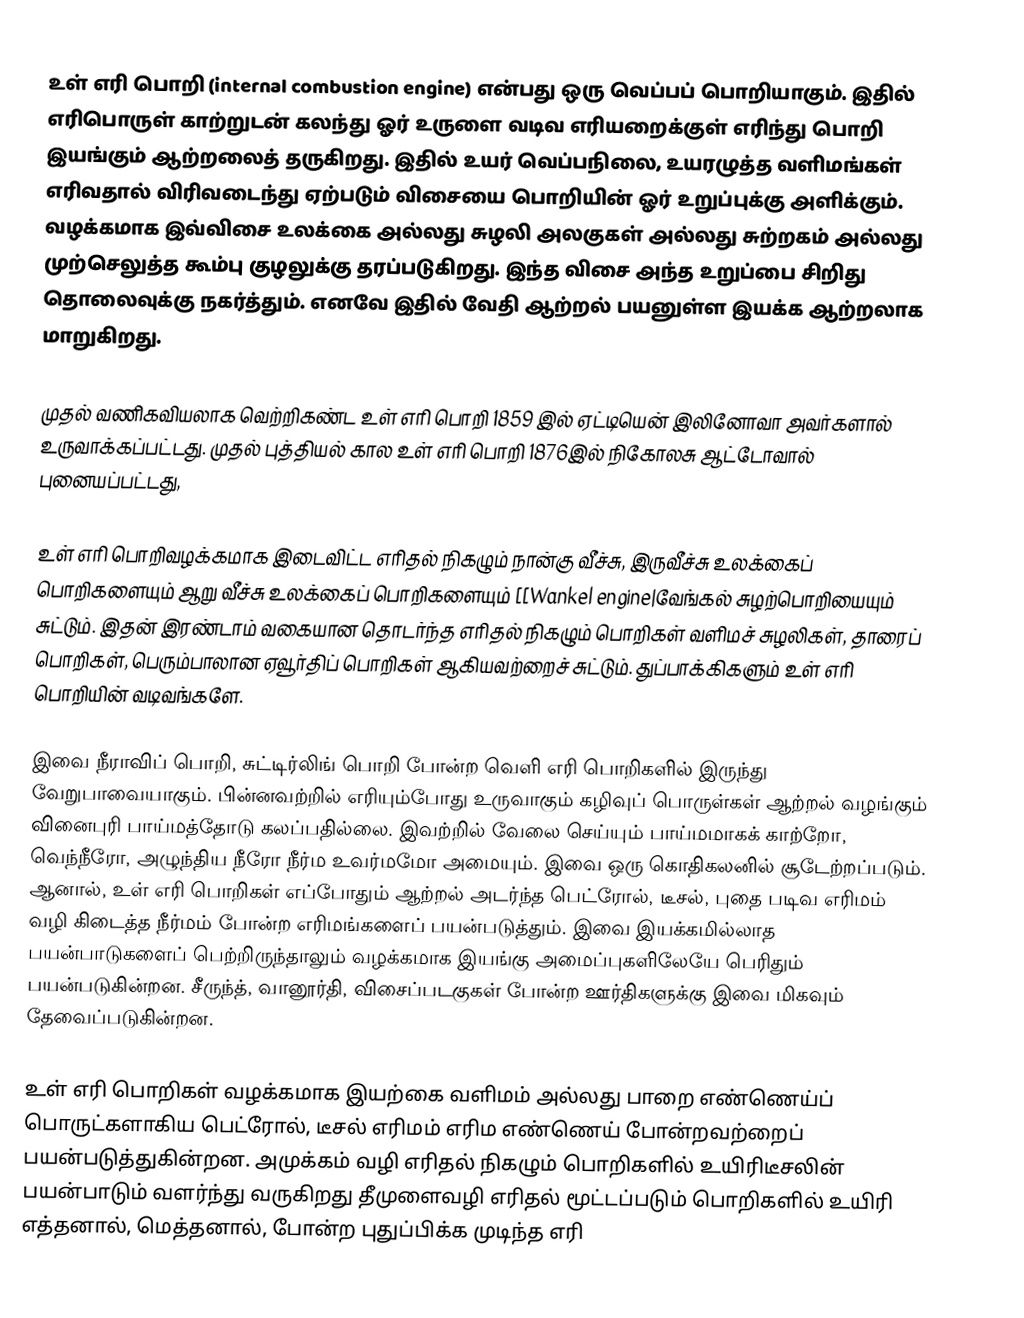
உள் எரி பொறி (internal combustion engine) என்பது ஒரு வெப்பப் பொறியாகும். இதில் எரிபொருள்  காற்றுடன் கலந்து ஓர் உருளை வடிவ எரியறைக்குள் எரிந்து பொறி இயங்கும் ஆற்றலைத் தருகிறது. இதில் உயர் வெப்பநிலை, உயரழுத்த வளிமங்கள் எரிவதால் விரிவடைந்து ஏற்படும் விசையை பொறியின் ஓர் உறுப்புக்கு அளிக்கும். வழக்கமாக இவ்விசை  உலக்கை அல்லது சுழலி அலகுகள் அல்லது சுற்றகம் அல்லது முற்செலுத்த கூம்பு குழலுக்கு தரப்படுகிறது. இந்த விசை அந்த உறுப்பை சிறிது தொலைவுக்கு நகர்த்தும். எனவே இதில் வேதி ஆற்றல்  பயனுள்ள இயக்க ஆற்றலாக மாறுகிறது.

முதல் வணிகவியலாக வெற்றிகண்ட உள் எரி பொறி 1859 இல் ஏட்டியென் இலினோவா அவர்களால்  உருவாக்கப்பட்டது. முதல் புத்தியல் கால உள் எரி பொறி 1876இல் நிகோலசு ஆட்டோவால் புனையப்பட்டது,

உள் எரி பொறிவழக்கமாக இடைவிட்ட எரிதல் நிகழும் நான்கு வீச்சு,  இருவீச்சு உலக்கைப் பொறிகளையும் ஆறு வீச்சு உலக்கைப் பொறிகளையும் [[Wankel engine|வேங்கல் சுழற்பொறியையும் சுட்டும். இதன் இரண்டாம் வகையான தொடர்ந்த எரிதல் நிகழும் பொறிகள்  வளிமச் சுழலிகள், தாரைப் பொறிகள், பெரும்பாலான ஏவூர்திப் பொறிகள் ஆகியவற்றைச் சுட்டும். துப்பாக்கிகளும் உள் எரி பொறியின் வடிவங்களே.

இவை நீராவிப் பொறி, சுட்டிர்லிங் பொறி போன்ற வெளி எரி பொறிகளில் இருந்து வேறுபாவையாகும். பின்னவற்றில் எரியும்போது உருவாகும் கழிவுப் பொருள்கள்  ஆற்றல் வழங்கும் வினைபுரி பாய்மத்தோடு கலப்பதில்லை. இவற்றில் வேலை செய்யும் பாய்மமாகக் காற்றோ, வெந்நீரோ, அழுந்திய நீரோ நீர்ம உவர்மமோ அமையும். இவை ஒரு கொதிகலனில் சூடேற்றப்படும்.  ஆனால், உள் எரி பொறிகள் எப்போதும் ஆற்றல் அடர்ந்த பெட்ரோல், டீசல், புதை படிவ எரிமம் வழி கிடைத்த நீர்மம் போன்ற எரிமங்களைப் பயன்படுத்தும். இவை இயக்கமில்லாத பயன்பாடுகளைப் பெற்றிருந்தாலும் வழக்கமாக இயங்கு அமைப்புகளிலேயே பெரிதும் பயன்படுகின்றன. சீருந்த், வானூர்தி, விசைப்படகுகள் போன்ற ஊர்திகளுக்கு இவை மிகவும் தேவைப்படுகின்றன.

உள் எரி பொறிகள் வழக்கமாக இயற்கை வளிமம் அல்லது பாறை எண்ணெய்ப் பொருட்களாகிய பெட்ரோல், டீசல் எரிமம் எரிம எண்ணெய் போன்றவற்றைப் பயன்படுத்துகின்றன. அமுக்கம் வழி எரிதல் நிகழும் பொறிகளில் உயிரிடீசலின் பயன்பாடும் வளர்ந்து வருகிறது  தீமுளைவழி எரிதல் மூட்டப்படும் பொறிகளில்  உயிரி எத்தனால், மெத்தனால்,  போன்ற புதுப்பிக்க முடிந்த எரி